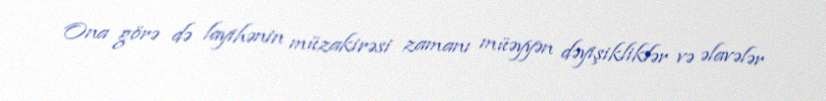
Ona görə də layihənin müzakirəsi zamanı müəyyən dəyişikliklər və əlavələr